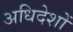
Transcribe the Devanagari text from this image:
अधिदेशों